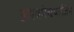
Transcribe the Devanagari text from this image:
अश्वमेघयाजिन्